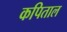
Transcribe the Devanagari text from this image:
कपिताल